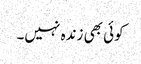
کوئی بھی زندہ نہیں۔